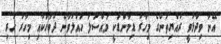
އޭނާ ވިދާޅުވީ ރައްޔިތުންގެ މިހާރު ޑިމާންޑަކީ މައްސަލަ ހައްލުވާނެ ދުވަހަކާއި މިހާރު ހުރި